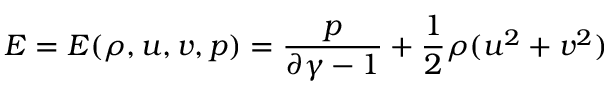
E = E ( \rho , u , v , p ) = \frac { p } { \partial \gamma - 1 } + \frac { 1 } { 2 } \rho ( u ^ { 2 } + v ^ { 2 } )